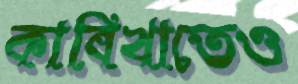
কাবিখাতেও